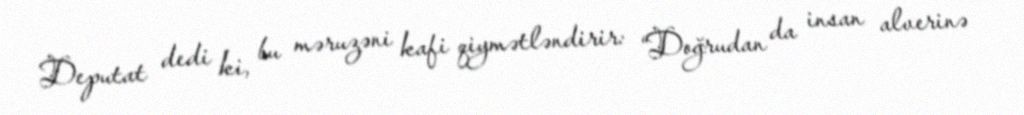
Deputat dedi ki, bu məruzəni kafi qiymətləndirir: “Doğrudan da insan alverinə